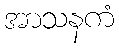
အာသနကံ